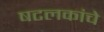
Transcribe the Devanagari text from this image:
षटलकांचे